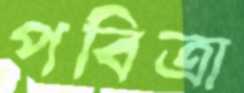
পবিত্রা